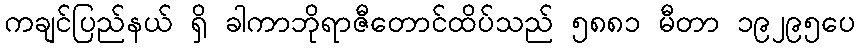
ကချင်ပြည်နယ် ရှိ ခါကာဘိုရာဇီတောင်ထိပ်သည် ၅၈၈၁ မီတာ ၁၉၂၉၅ပေ